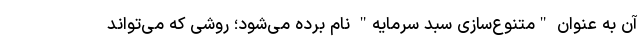
آن به عنوان "متنوع‌سازی سبد سرمایه" نام برده می‌شود؛ روشی که می‌تواند